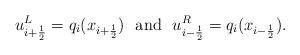
LaTeX: \begin{align*}u^{L}_{i+\frac{1}{2}}=q_i(x_{i+\frac{1}{2}}) \ \ {\rm and} \ \ u^{R}_{i-\frac{1}{2}}=q_{i}(x_{i-\frac{1}{2}}).\end{align*}